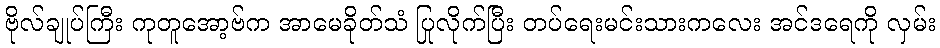
ဗိုလ်ချုပ်ကြီး ကုတူအော့ဗ်က အာမေခိုတ်သံ ပြုလိုက်ပြီး တပ်ရေးမင်းသားကလေး အင်ဒရေကို လှမ်း